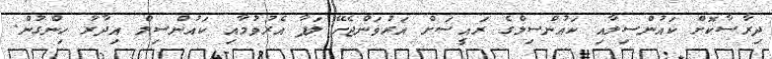
ދިރާސާކޮށް ކައުންސިލާއި ކައުންސިލްގެ ރައީސަށް އަރުވަންޖެހޭ ލަފާ އެރުވުމާއި ކައުންސިލް އިދާރާ ހިންގުން.